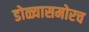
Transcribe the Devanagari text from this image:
डोळ्यासमोरच